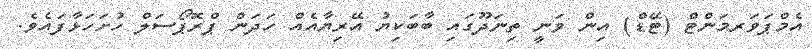
އެމްޕަވަރމަންޓް (ޓޭޑް) އިން ވަނީ ތިނަދޫގައި ބާބަކިޔު އޭރިޔާއެއް ހަދަން ޕްރޮޕޯސަލް ހުށަހަޅާފައެވެ.